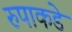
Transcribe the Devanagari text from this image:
रुपाकडे